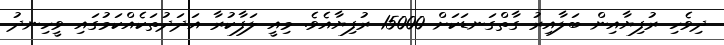
ދިވެހި ރުފިޔާއިން ބަލާއިރު ގާތްގަނޑަކަށް 15000 ރުފިޔާއެވެ. މިއީ ލަފާކުރާ އަދަދުތަކެއްކަމުގައި ވީހިނދު